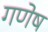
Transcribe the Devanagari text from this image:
गणेष